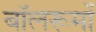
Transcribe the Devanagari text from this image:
बॉलरूमों